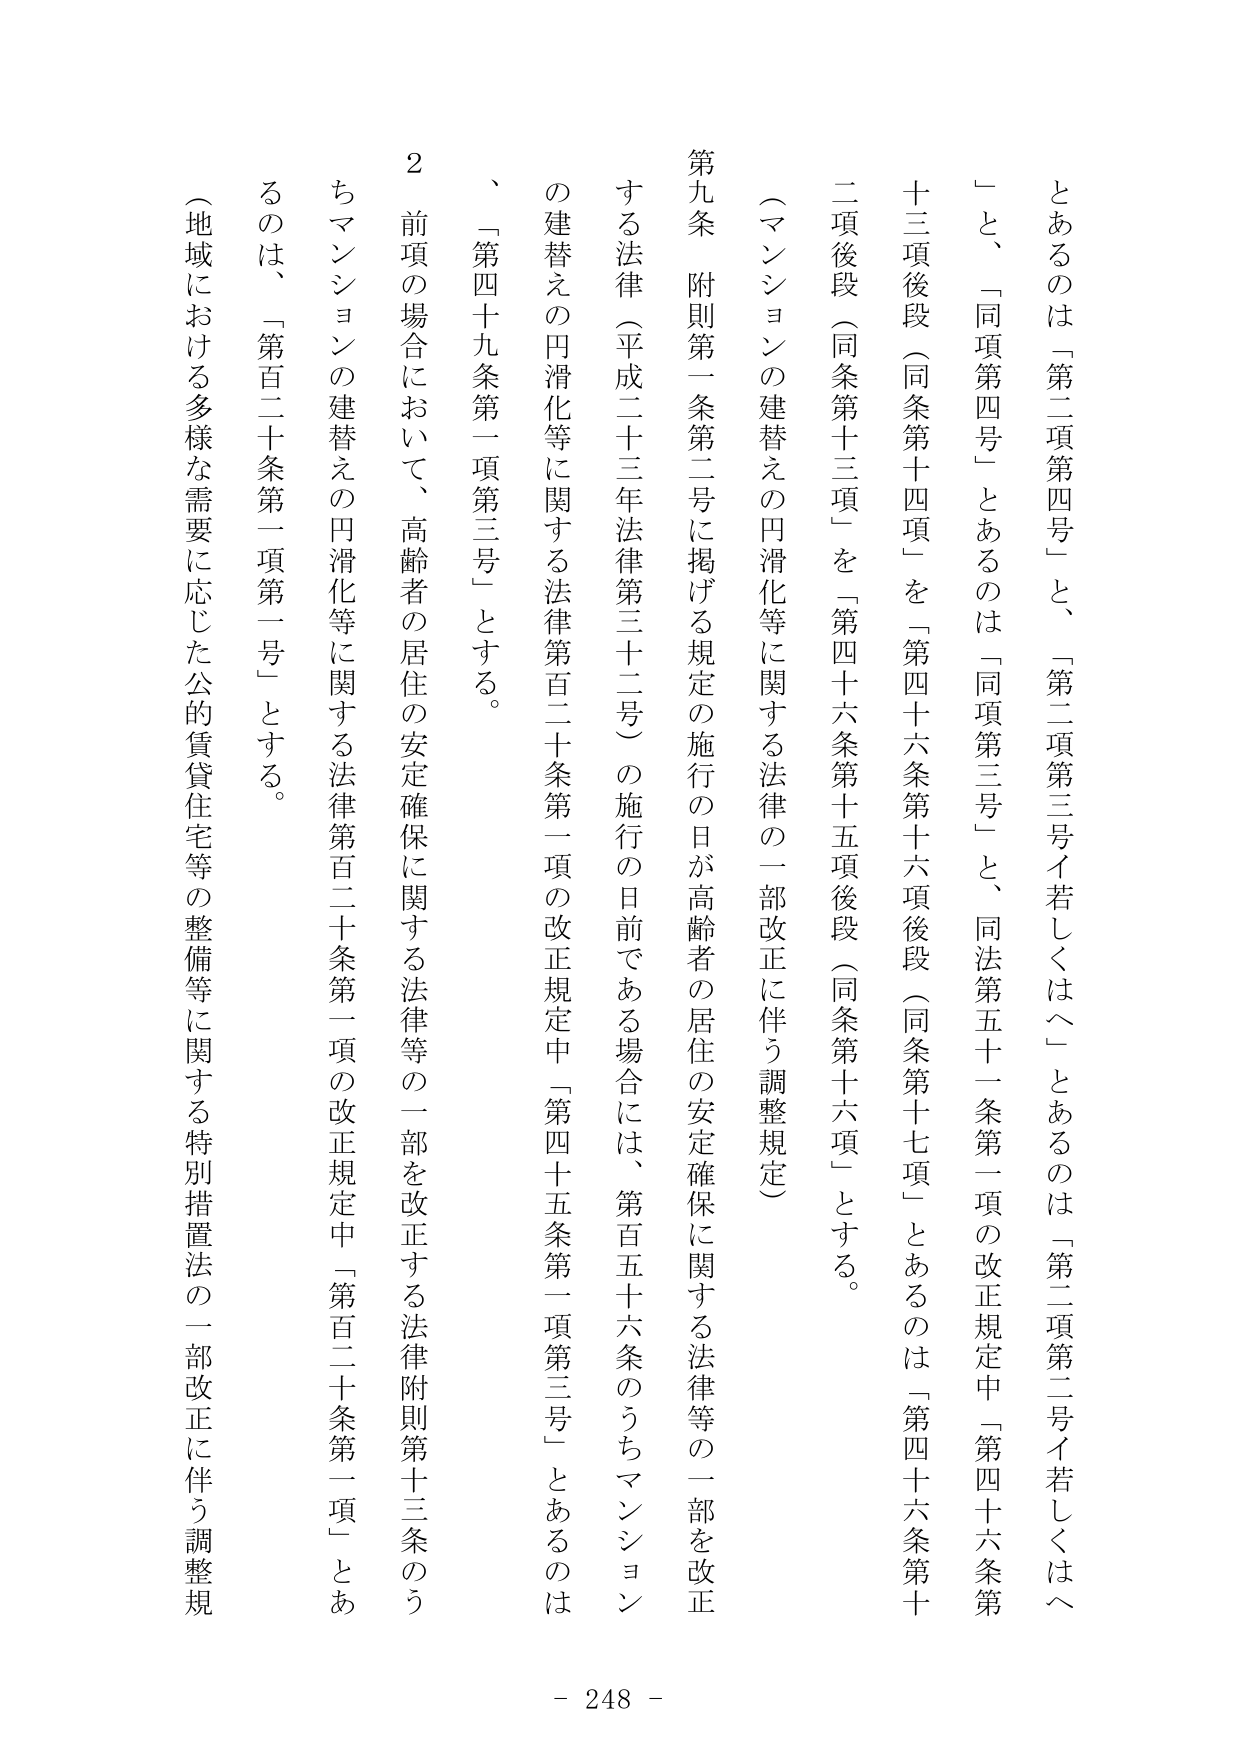
とあるのは「第二項第四号」と、「第二項第三号イ若しくはヘ」とあるのは「第二項第二号イ若しくはヘ」と、「同項第四号」とあるのは「同項第三号」と、同法第五十一条第一項の改正規定中「第四十六条第十三項後段（同条第十四項）」を「第四十六条第十六項後段（同条第十七項）」とあるのは「第四十六条第十二項後段（同条第十三項）」を「第四十六条第十五項後段（同条第十六項）」とする。

（マンションの建替えの円滑化等に関する法律の一部改正に伴う調整規定）

第九条 附則第一条第二号に掲げる規定の施行の日が高齢者の居住の安定確保に関する法律等の一部を改正する法律（平成二十三年法律第三十二号）の施行の日前である場合には、第百五十六条のうちマンションの建替えの円滑化等に関する法律第百二十条第一項の改正規定中「第四十五条第一項第三号」とあるのは、「第四十九条第一項第三号」とする。

２ 前項の場合において、高齢者の居住の安定確保に関する法律等の一部を改正する法律附則第十三条のうちマンションの建替えの円滑化等に関する法律第百二十条第一項の改正規定中「第百二十条第一項」とあるのは、「第百二十条第一項第一号」とする。

（地域における多様な需要に応じた公的賃貸住宅等の整備等に関する特別措置法の一部改正に伴う調整規

- 248 -